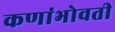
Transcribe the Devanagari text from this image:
कणांभोवती